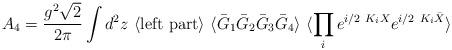
LaTeX: \begin{align*}A_4 = \frac{g^2\sqrt{2}}{2\pi}\int d^2 z\ \langle \mbox{left part}\rangle\ \langle \bar G_1 \bar G_2 \bar G_3 \bar G_4 \rangle\ \langle\prod_i e^{i/2\ K_iX} e^{i/2\ K_i\bar X} \rangle\end{align*}